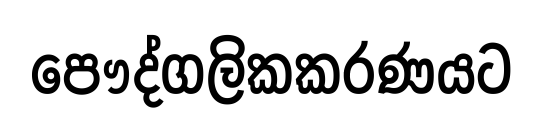
පෞද්ගලිකකරණයට